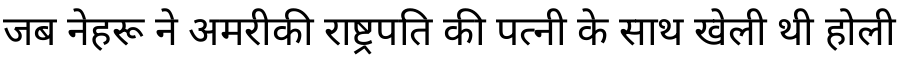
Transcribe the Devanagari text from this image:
जब नेहरू ने अमरीकी राष्ट्रपति की पत्नी के साथ खेली थी होली